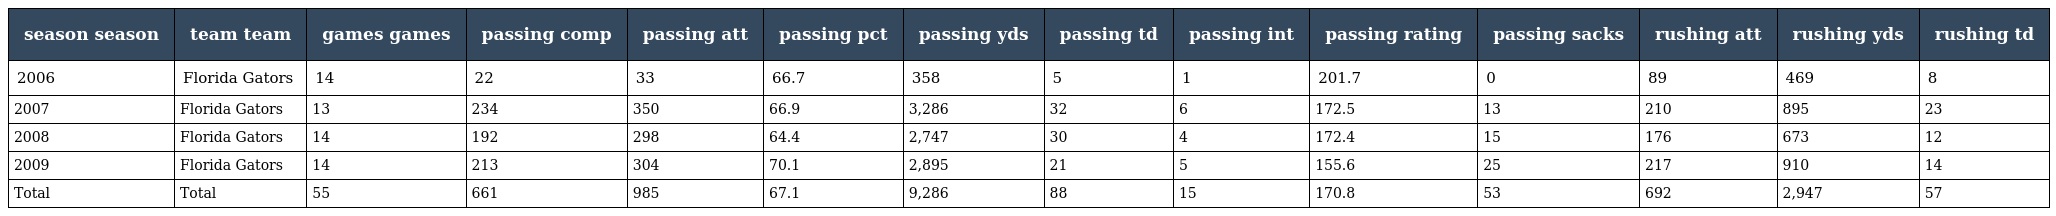
| season season | team team | games games | passing comp | passing att | passing pct | passing yds | passing td | passing int | passing rating | passing sacks | rushing att | rushing yds | rushing td |
 | --- | --- | --- | --- | --- | --- | --- | --- | --- | --- | --- | --- | --- | --- |
 | 2006 | Florida Gators | 14 | 22 | 33 | 66.7 | 358 | 5 | 1 | 201.7 | 0 | 89 | 469 | 8 |
 | 2007 | Florida Gators | 13 | 234 | 350 | 66.9 | 3,286 | 32 | 6 | 172.5 | 13 | 210 | 895 | 23 |
 | 2008 | Florida Gators | 14 | 192 | 298 | 64.4 | 2,747 | 30 | 4 | 172.4 | 15 | 176 | 673 | 12 |
 | 2009 | Florida Gators | 14 | 213 | 304 | 70.1 | 2,895 | 21 | 5 | 155.6 | 25 | 217 | 910 | 14 |
 | Total | Total | 55 | 661 | 985 | 67.1 | 9,286 | 88 | 15 | 170.8 | 53 | 692 | 2,947 | 57 |